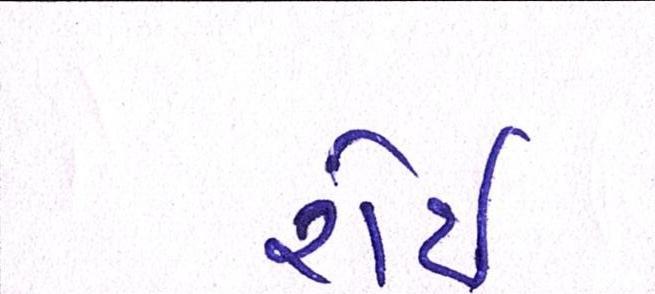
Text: રોઇ